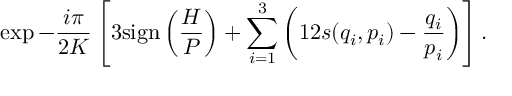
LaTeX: \exp - \frac { i \pi } { 2 K } \left[ 3 \mathrm { s i g n } \left( \frac { H } { P } \right) + \sum _ { i = 1 } ^ { 3 } \left( 1 2 s ( q _ { i } , p _ { i } ) - \frac { q _ { i } } { p _ { i } } \right) \right] .